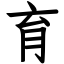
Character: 育